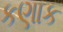
કણાક